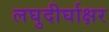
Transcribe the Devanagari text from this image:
लघुदीर्घाक्षर